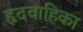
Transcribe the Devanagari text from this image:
हृदवाहिका